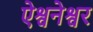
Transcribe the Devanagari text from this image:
ऐश्वनेश्वर